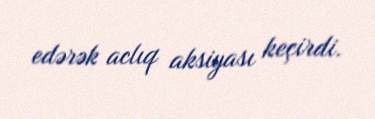
edərək aclıq aksiyası keçirdi.